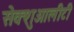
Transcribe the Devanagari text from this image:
सेक्शुआलीटी